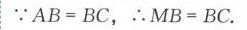
\(\because AB = BC,\ \therefore MB = BC.\)